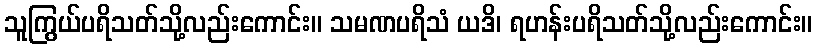
သူကြွယ်ပရိသတ်သို့လည်းကောင်း။ သမဏပရိသံ ယဒိ၊ ရဟန်းပရိသတ်သို့လည်းကောင်း။